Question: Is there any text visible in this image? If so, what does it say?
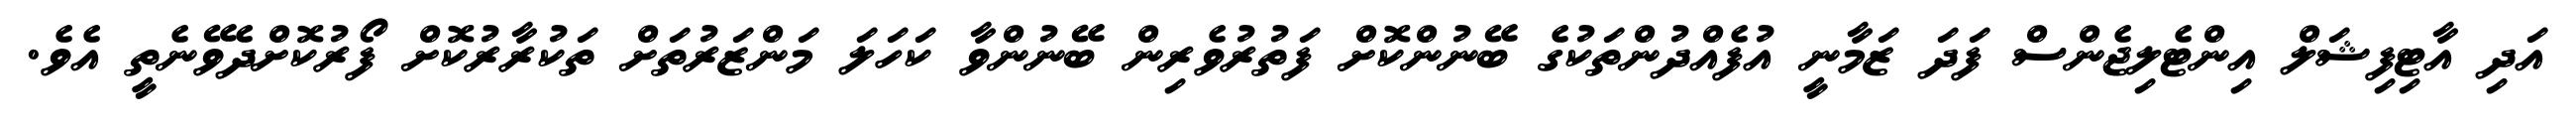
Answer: އަދި އާޓިފިޝަލް އިންޓެލިޖެންސް ފަދަ ޒަމާނީ އުފެއްދުންތަކުގެ ބޭނުންކޮށް ފަތުރުވެރިން ބޭނުންވާ ކަހަލަ މަންޒަރުތަށް ތަކުރާރުކޮށް ފޯރުކޮށްދެވޭނެތީ އެވެ.